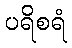
ပရိစရံ